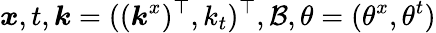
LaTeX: \boldsymbol{x},t,\boldsymbol{k}=((\boldsymbol{k}^{x})^{\top},k_{t})^{\top},\mathcal{B},\theta=(\theta^{x},\theta^{t})